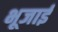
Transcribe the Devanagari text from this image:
भूजाई